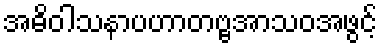
အဓိဝါသနာပဟာတဗ္ဗအာသဝအဖွင့်